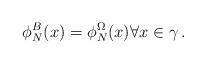
LaTeX: \begin{align*} \phi ^B_N (x) = \phi ^\Omega_N (x) \forall x \in \gamma\,.\end{align*}